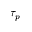
\tau _ { p }